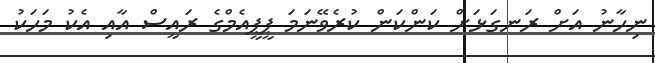
ނިހާނު އަށް ރަނގަޅަށް ކަންކަން ކުރެވޭނަމަ ޕީޕީއެމްގެ ރައީސް އާއި އެކު މަހަކު